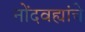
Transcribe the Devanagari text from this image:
नोंदवह्यांचे